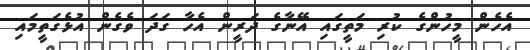
އެހެން މީހުންގެ ކުރި މަތީގައި އޭނާގެ ދަރީން އެހާ ގަދަ ވެގެން އުޅެގަތީމައި